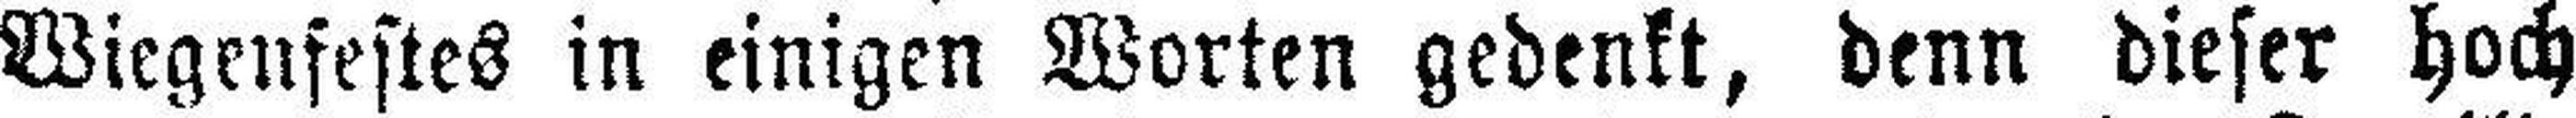
Wiegenfestes in einigen Worten gedenkt, denn dieser hoch